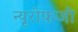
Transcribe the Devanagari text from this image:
न्यूरोफजी